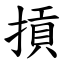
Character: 摃